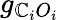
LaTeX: g_{\mathbb{C}_{i}O_{i}}